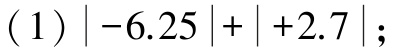
(1) \(|-6.25|+|+2.7|\);